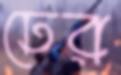
ঢের